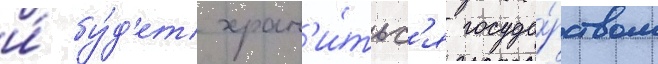
и́ бу́д'ет хран'и́тьс'я госуда́рством